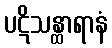
ပဋိသန္ထာရာနံ